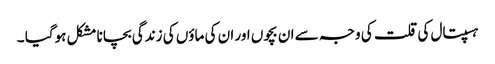
ہسپتال کی قلت کی وجہ سے ان بچوں اور ان کی ماؤں کی زندگی بچانا مشکل ہوگیا ۔